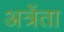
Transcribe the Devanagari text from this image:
अत्रेंता